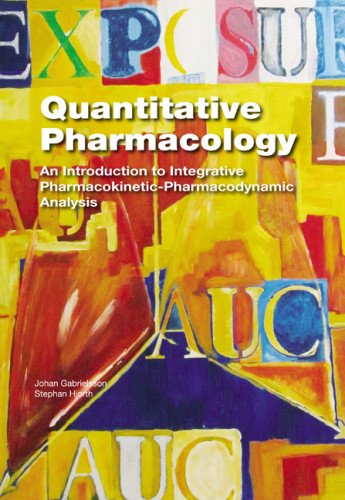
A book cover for Quantitative Pharmacology: An Introduction to Integrative Pharmacokinetic-Pharmacodynamic Analysis; Johan Gabrielsson; Medical Books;